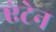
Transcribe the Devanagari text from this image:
एंटेन